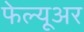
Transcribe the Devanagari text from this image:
फेल्यूअर